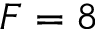
F = 8